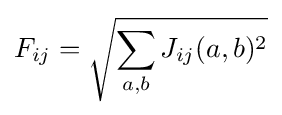
F_{ij}={\sqrt {\sum \limits _{a,b}J_{ij}(a,b)^{2}}}